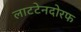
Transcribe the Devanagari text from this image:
लाटटेनदोरफ